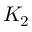
K _ { 2 }